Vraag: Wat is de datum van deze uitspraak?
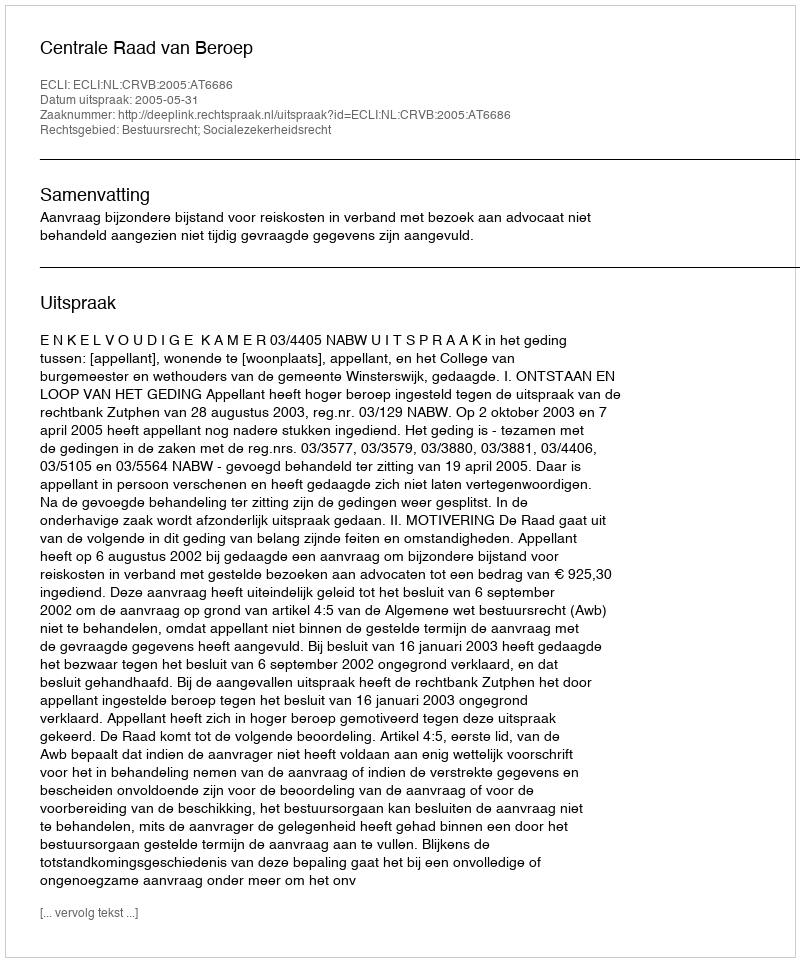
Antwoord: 2005-05-31